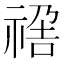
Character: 𥚣